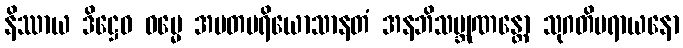
နိဿာယ ဒိဋ္ဌေဝ ဓမ္မေ အမတပရိယောသာနတံ အနဘိသမ္ဘုဏန္တော သုဂတိပရာယနော